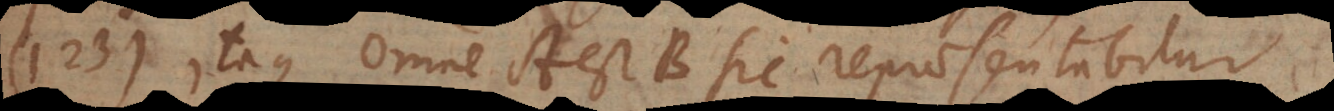
123) Itaque Omne A est B sic repraesentabitur